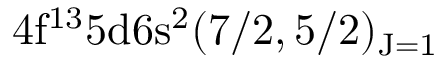
\mathrm { 4 f ^ { 1 3 } 5 d 6 s ^ { 2 } ( 7 / 2 , 5 / 2 ) _ { J = 1 } }